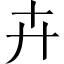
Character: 卉